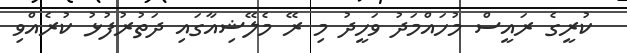
ކުރީގެ ރައީސް މުހައްމަދު ވަހީދު މި ރޭ މެލޭޝިއާގައި ދަތުރުފުޅު ކުރެއްވި